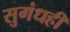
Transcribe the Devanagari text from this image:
सुगंधही